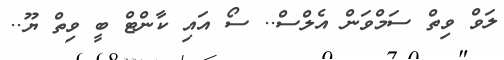
ލަވް ވިތް ސަމްވަން އެލްސް.. ސޯ އައި ކާންޓް ބީ ވިތް ޔޫ..